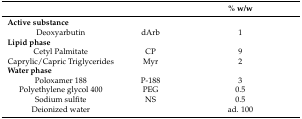
<table><thead><tr><td></td><td></td><td><b>% w/w</b></td></tr></thead><tbody><tr><td><b>Active substance</b></td><td></td><td></td></tr><tr><td>Deoxyarbutin</td><td>dArb</td><td>1</td></tr><tr><td><b>Lipid phase</b></td><td></td><td></td></tr><tr><td>Cetyl Palmitate</td><td>CP</td><td>9</td></tr><tr><td>Caprylic/Capric Triglycerides</td><td>Myr</td><td>2</td></tr><tr><td><b>Water phase</b></td><td></td><td></td></tr><tr><td>Poloxamer 188</td><td>P-188</td><td>3</td></tr><tr><td>Polyethylene glycol 400</td><td>PEG</td><td>0.5</td></tr><tr><td>Sodium sulfite</td><td>NS</td><td>0.5</td></tr><tr><td>Deionized water</td><td></td><td>ad. 100</td></tr></tbody></table>